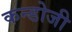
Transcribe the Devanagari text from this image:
कन्डोजी